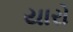
યારો